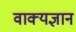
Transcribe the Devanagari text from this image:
वाक्यज्ञान